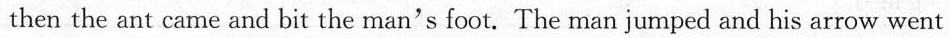
then the ant came and bit the man's foot. The man jumped and his arrow went